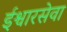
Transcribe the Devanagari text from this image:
ईश्वारसेवा